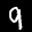
Label: 9